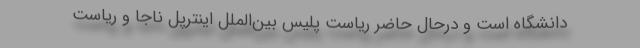
دانشگاه است و درحال حاضر ریاست پلیس بین‌الملل اینترپل ناجا و ریاست